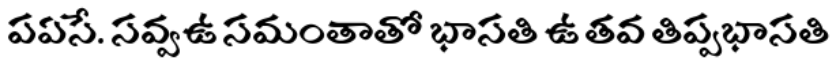
పఏసే. సవ్వఉ సమంతాతో భాసతి ఉ తవ తిప్పభాసతి